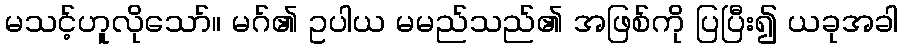
မသင့်ဟူလိုသော်။ မဂ်၏ ဥပါယ မမည်သည်၏ အဖြစ်ကို ပြပြီး၍ ယခုအခါ